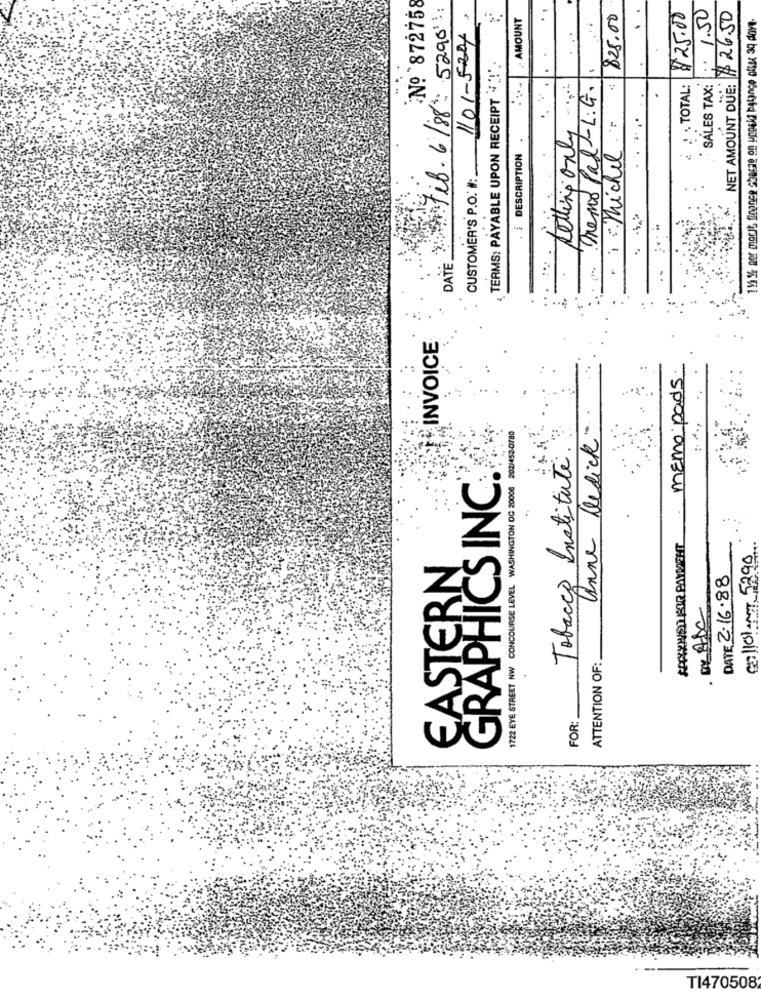
No 872758
DATEtil. 6/88: 5290:
1101-5204.
; 1.50
. NET AMOUNT DUE: $2650
.. AMOUNT
-
825.00
$25.00
11 %% per morit finance charge on unpeki balance ofLex 30 dove
TERMS: PAYABLE UPON RECEIPT " !! '.
Demo Pad -L.G.
2 . TOTAL:
SALES TAX:
· 1- Michel."
Letting only
CUSTOMER'S P.O. #:
DESCRIPTION
:
..
INVOICE
memo pads.
Unne Dedick
1722 EYE STREET NW CONCOURSE LEVEL WASHINGTON DC 20006 202/452-0780
Tobacco Institute .
GRAPHICS INC.
EASTERN
Gallon 529
DATE 2.16.88
· BY ABC
ATTENTION OF:
FOR:
TI470508